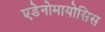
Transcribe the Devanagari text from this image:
एडेनोमायोसिस